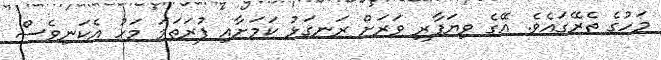
މަހުގެ ތެރޭގައެވެ. އޭގެ ވިޔަފާރި ވަރަށް ރަނގަޅު ކަމަށާއި ފުރަތަމަ މަހު އެކަނިވެސް